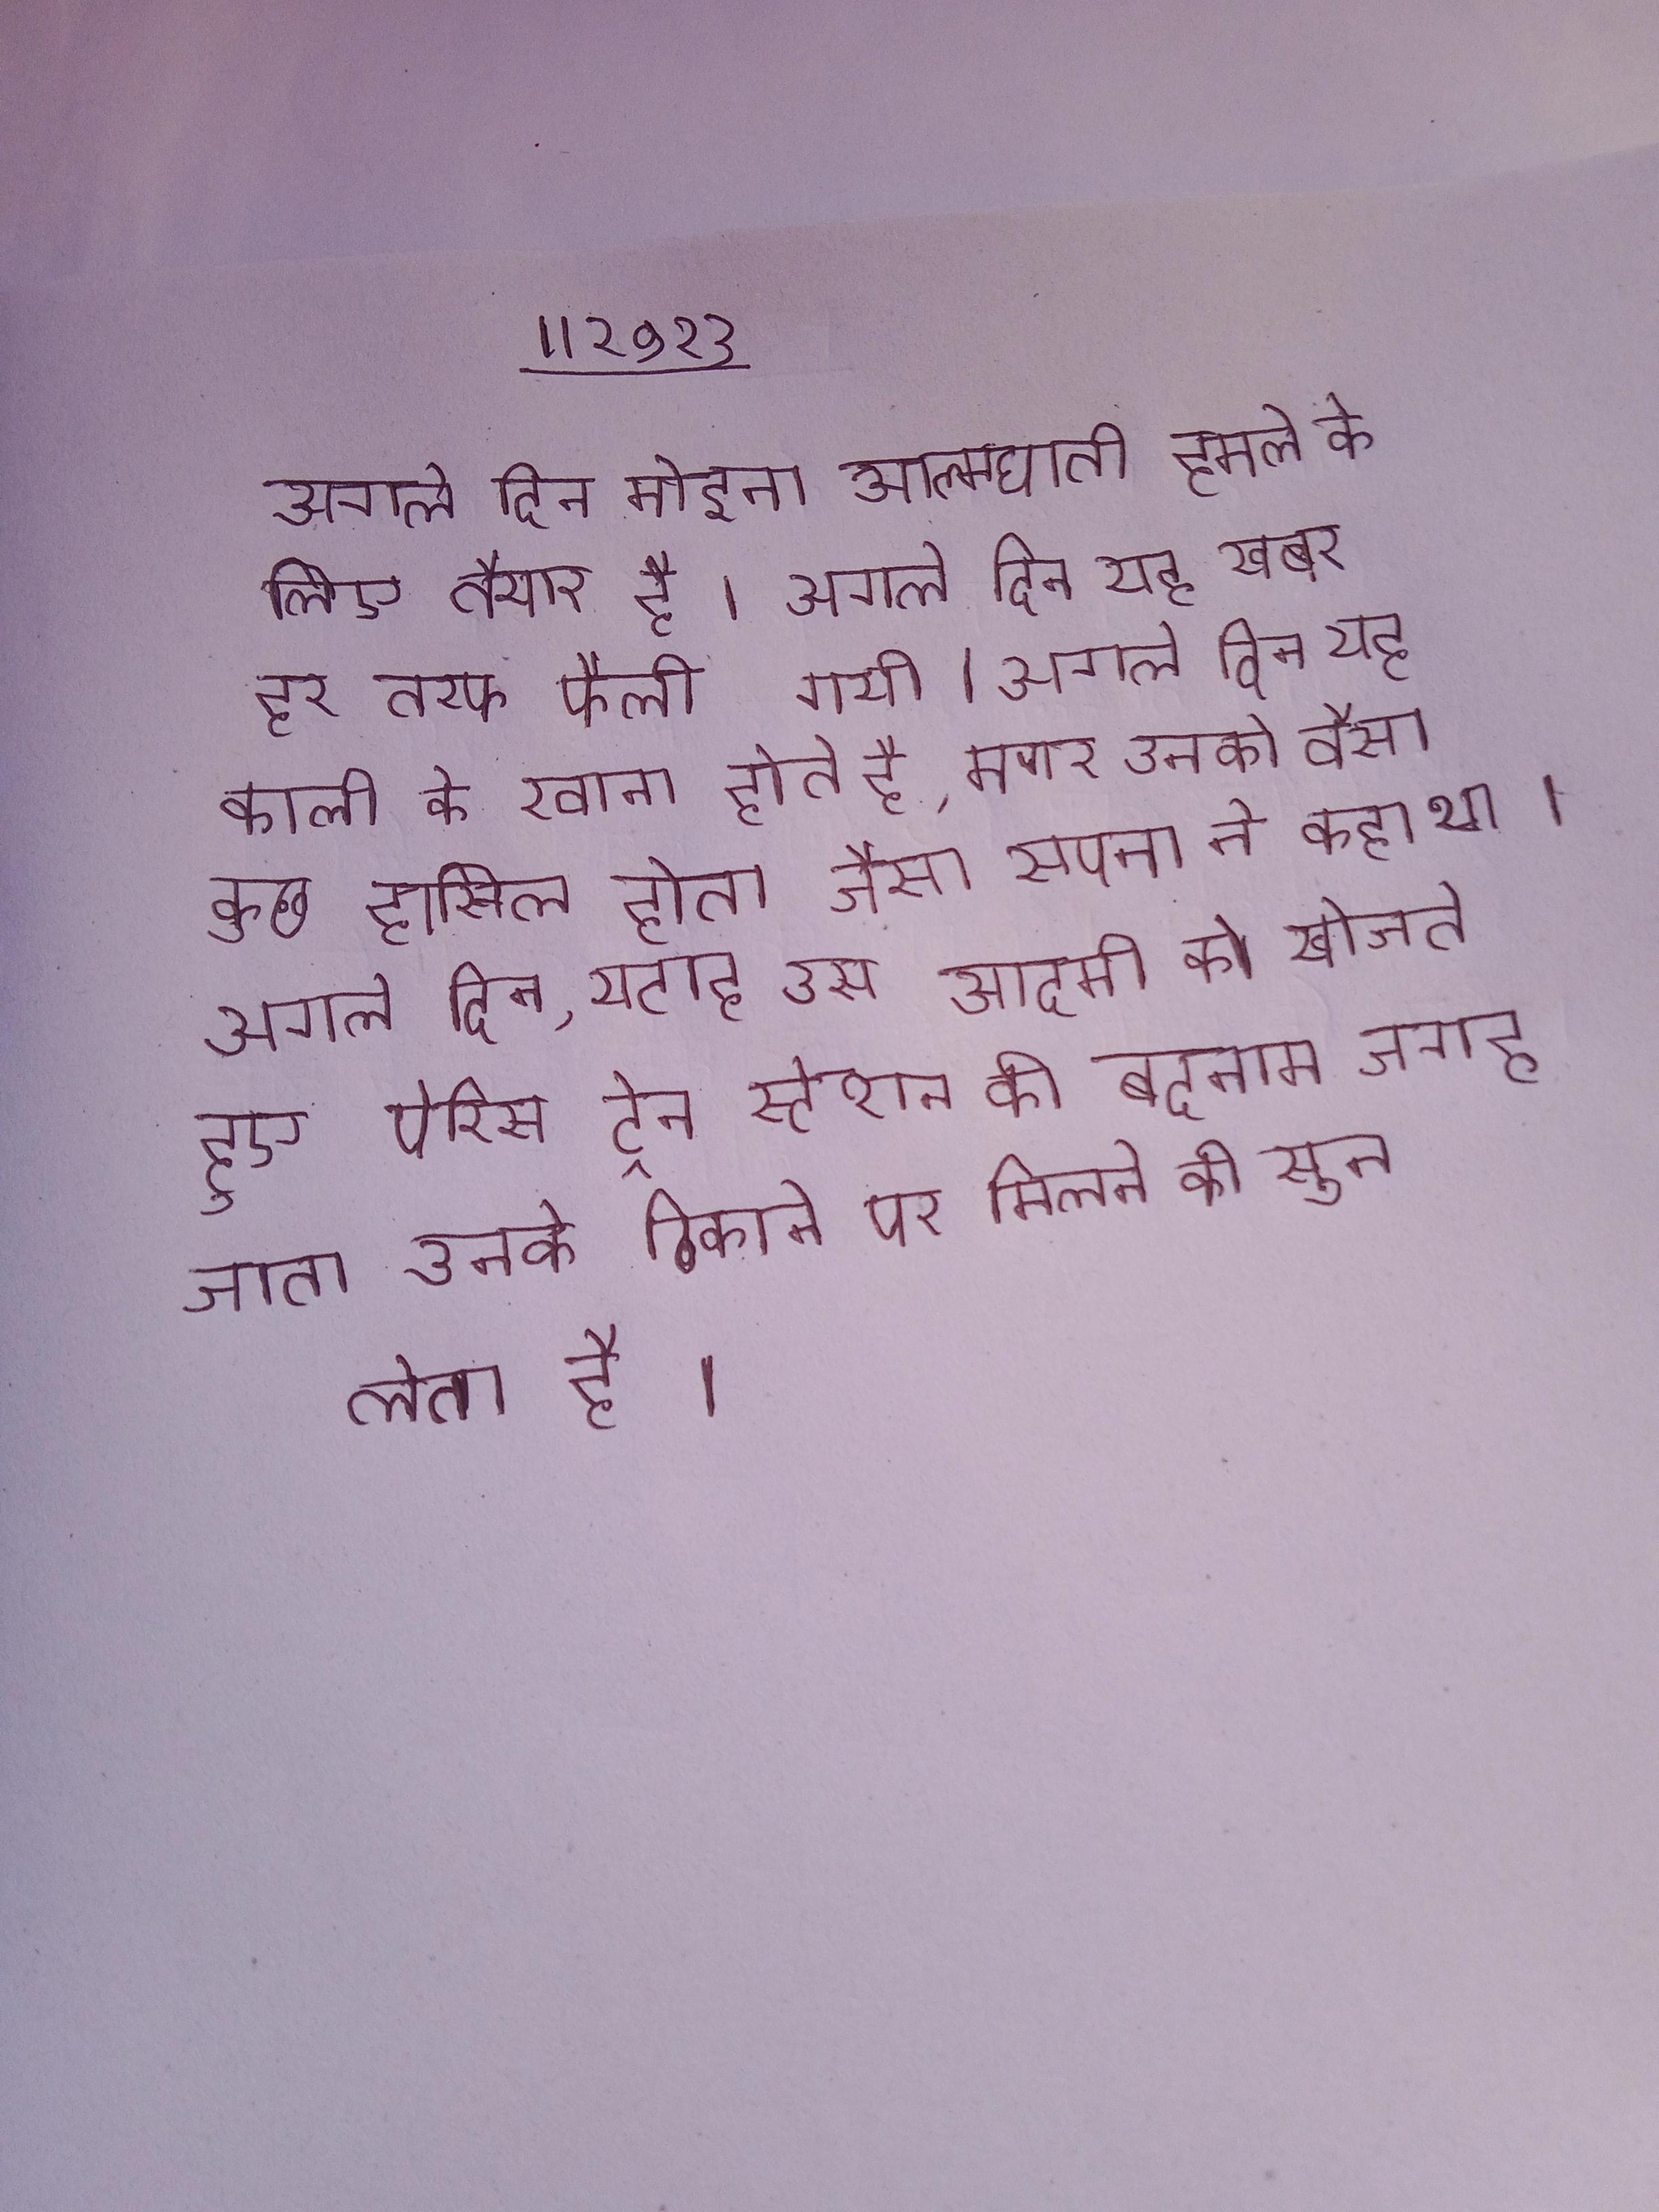
अगले दिन मोइना आत्मघाती हमले के लिए तैयार है । अगले दिन यह खबर हर तरफ फैली गयी । अगले दिन यह काली को रवाना होते है, मगर उनको वैसा कुछ हासिल होता जैसा सपना ने कहा था । अगले दिन, युटाह उस आदमी को खोजते हुए पेरिस ट्रेन स्टेशन की बदनाम जगह जाता उनके ठिकाने पर मिलने की सुन लेता है ।